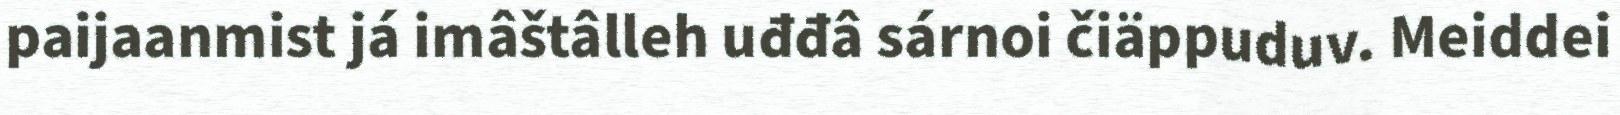
paijaanmist já imâštâlleh uđđâ sárnoi čiäppuduv. Meiddei